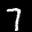
Label: 7